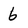
Character: 6